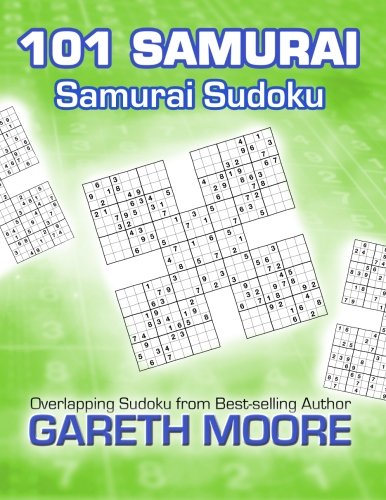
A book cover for Samurai Sudoku: 101 Samurai; Gareth Moore; Humor & Entertainment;